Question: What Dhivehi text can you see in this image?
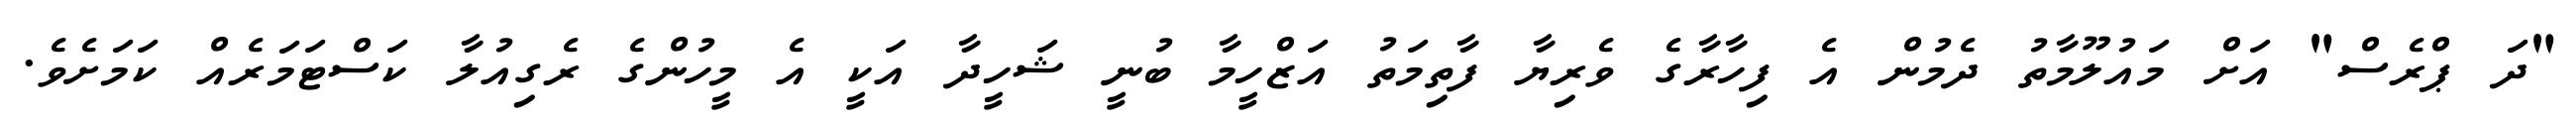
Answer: "ދަ ޕްރެސް" އަށް މައުލޫމާތު ދެމުން އެ ފިހާރާގެ ވެރިޔާ ފާތިމަތު އަޒްހީމާ ބުނީ ޝަހީދާ އަކީ އެ މީހުންގެ ރެގިއުލާ ކަސްޓަމަރެއް ކަމަށެވެ.